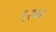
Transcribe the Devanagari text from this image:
९२६६